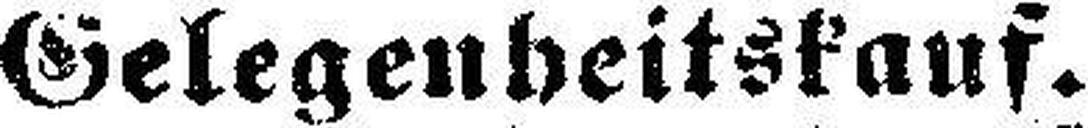
Gelegenheitskauf.